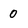
Character: 0